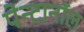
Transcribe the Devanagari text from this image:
पेन्टानॉल